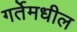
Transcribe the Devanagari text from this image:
गर्तेमधील